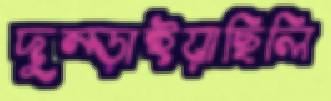
দুম্‌ড়াইয়াছিলি